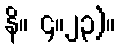
နိ။ ၄။၂၃)။